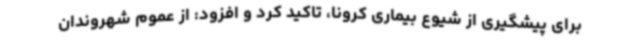
برای پیشگیری از شیوع بیماری کرونا، تاکید کرد و افزود: از عموم شهروندان